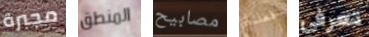
مجبرة المنطق مصابيح فعلناه تعرفي